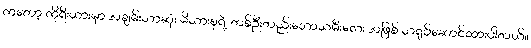
ကတော့ ကိုရီးယားမှာ အချမ်းသာဆုံး မိသားစုရဲ့ တစ်ဉီးတည်းသောသမီးလေး အဖြစ် သရုပ်ဆောင်ထားပါတယ်။